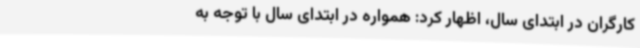
کارگران در ابتدای سال، اظهار کرد: همواره در ابتدای سال با توجه به